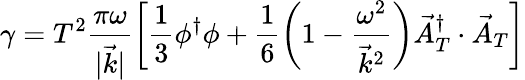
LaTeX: \gamma=T^{2}\frac{\pi\omega}{|\vec{k}|}\left[\frac{1}{3}\phi^{\dagger}\phi+\frac{1}{6}\left(1-\frac{\omega^{2}}{\vec{k}^{2}}\right)\vec{A}_{T}^{\dagger}\cdot\vec{A}_{T}\right]